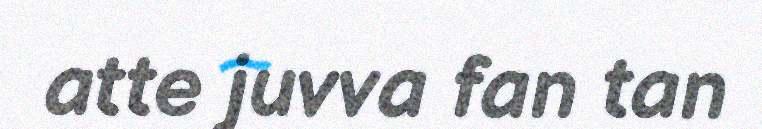
atte juvva fan tan